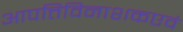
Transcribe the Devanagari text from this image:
आपत्तिविनाशकएवं